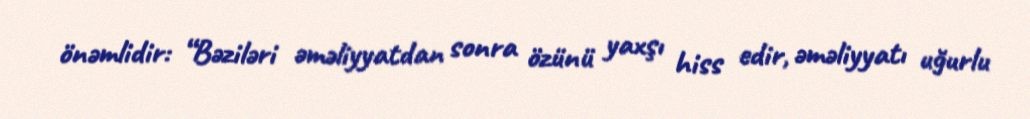
önəmlidir: “Bəziləri əməliyyatdan sonra özünü yaxşı hiss edir, əməliyyatı uğurlu